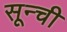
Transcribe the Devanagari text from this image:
सून्ची